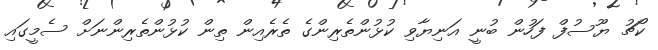
ކޯޗު ޔޫސުފް ފަހުން ބުނީ އަނިޔާވި ކުޅުންތެރިންގެ ތެރެއިން ތިން ކުޅުންތެރިންނަށް ސެމީގައި